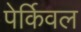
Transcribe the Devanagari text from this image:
पेर्किवल